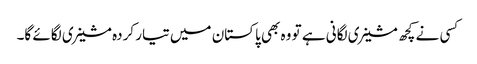
کسی نے کچھ مشینری لگانی ہے تو وہ بھی پاکستان میں تیار کردہ مشینری لگائے گا۔